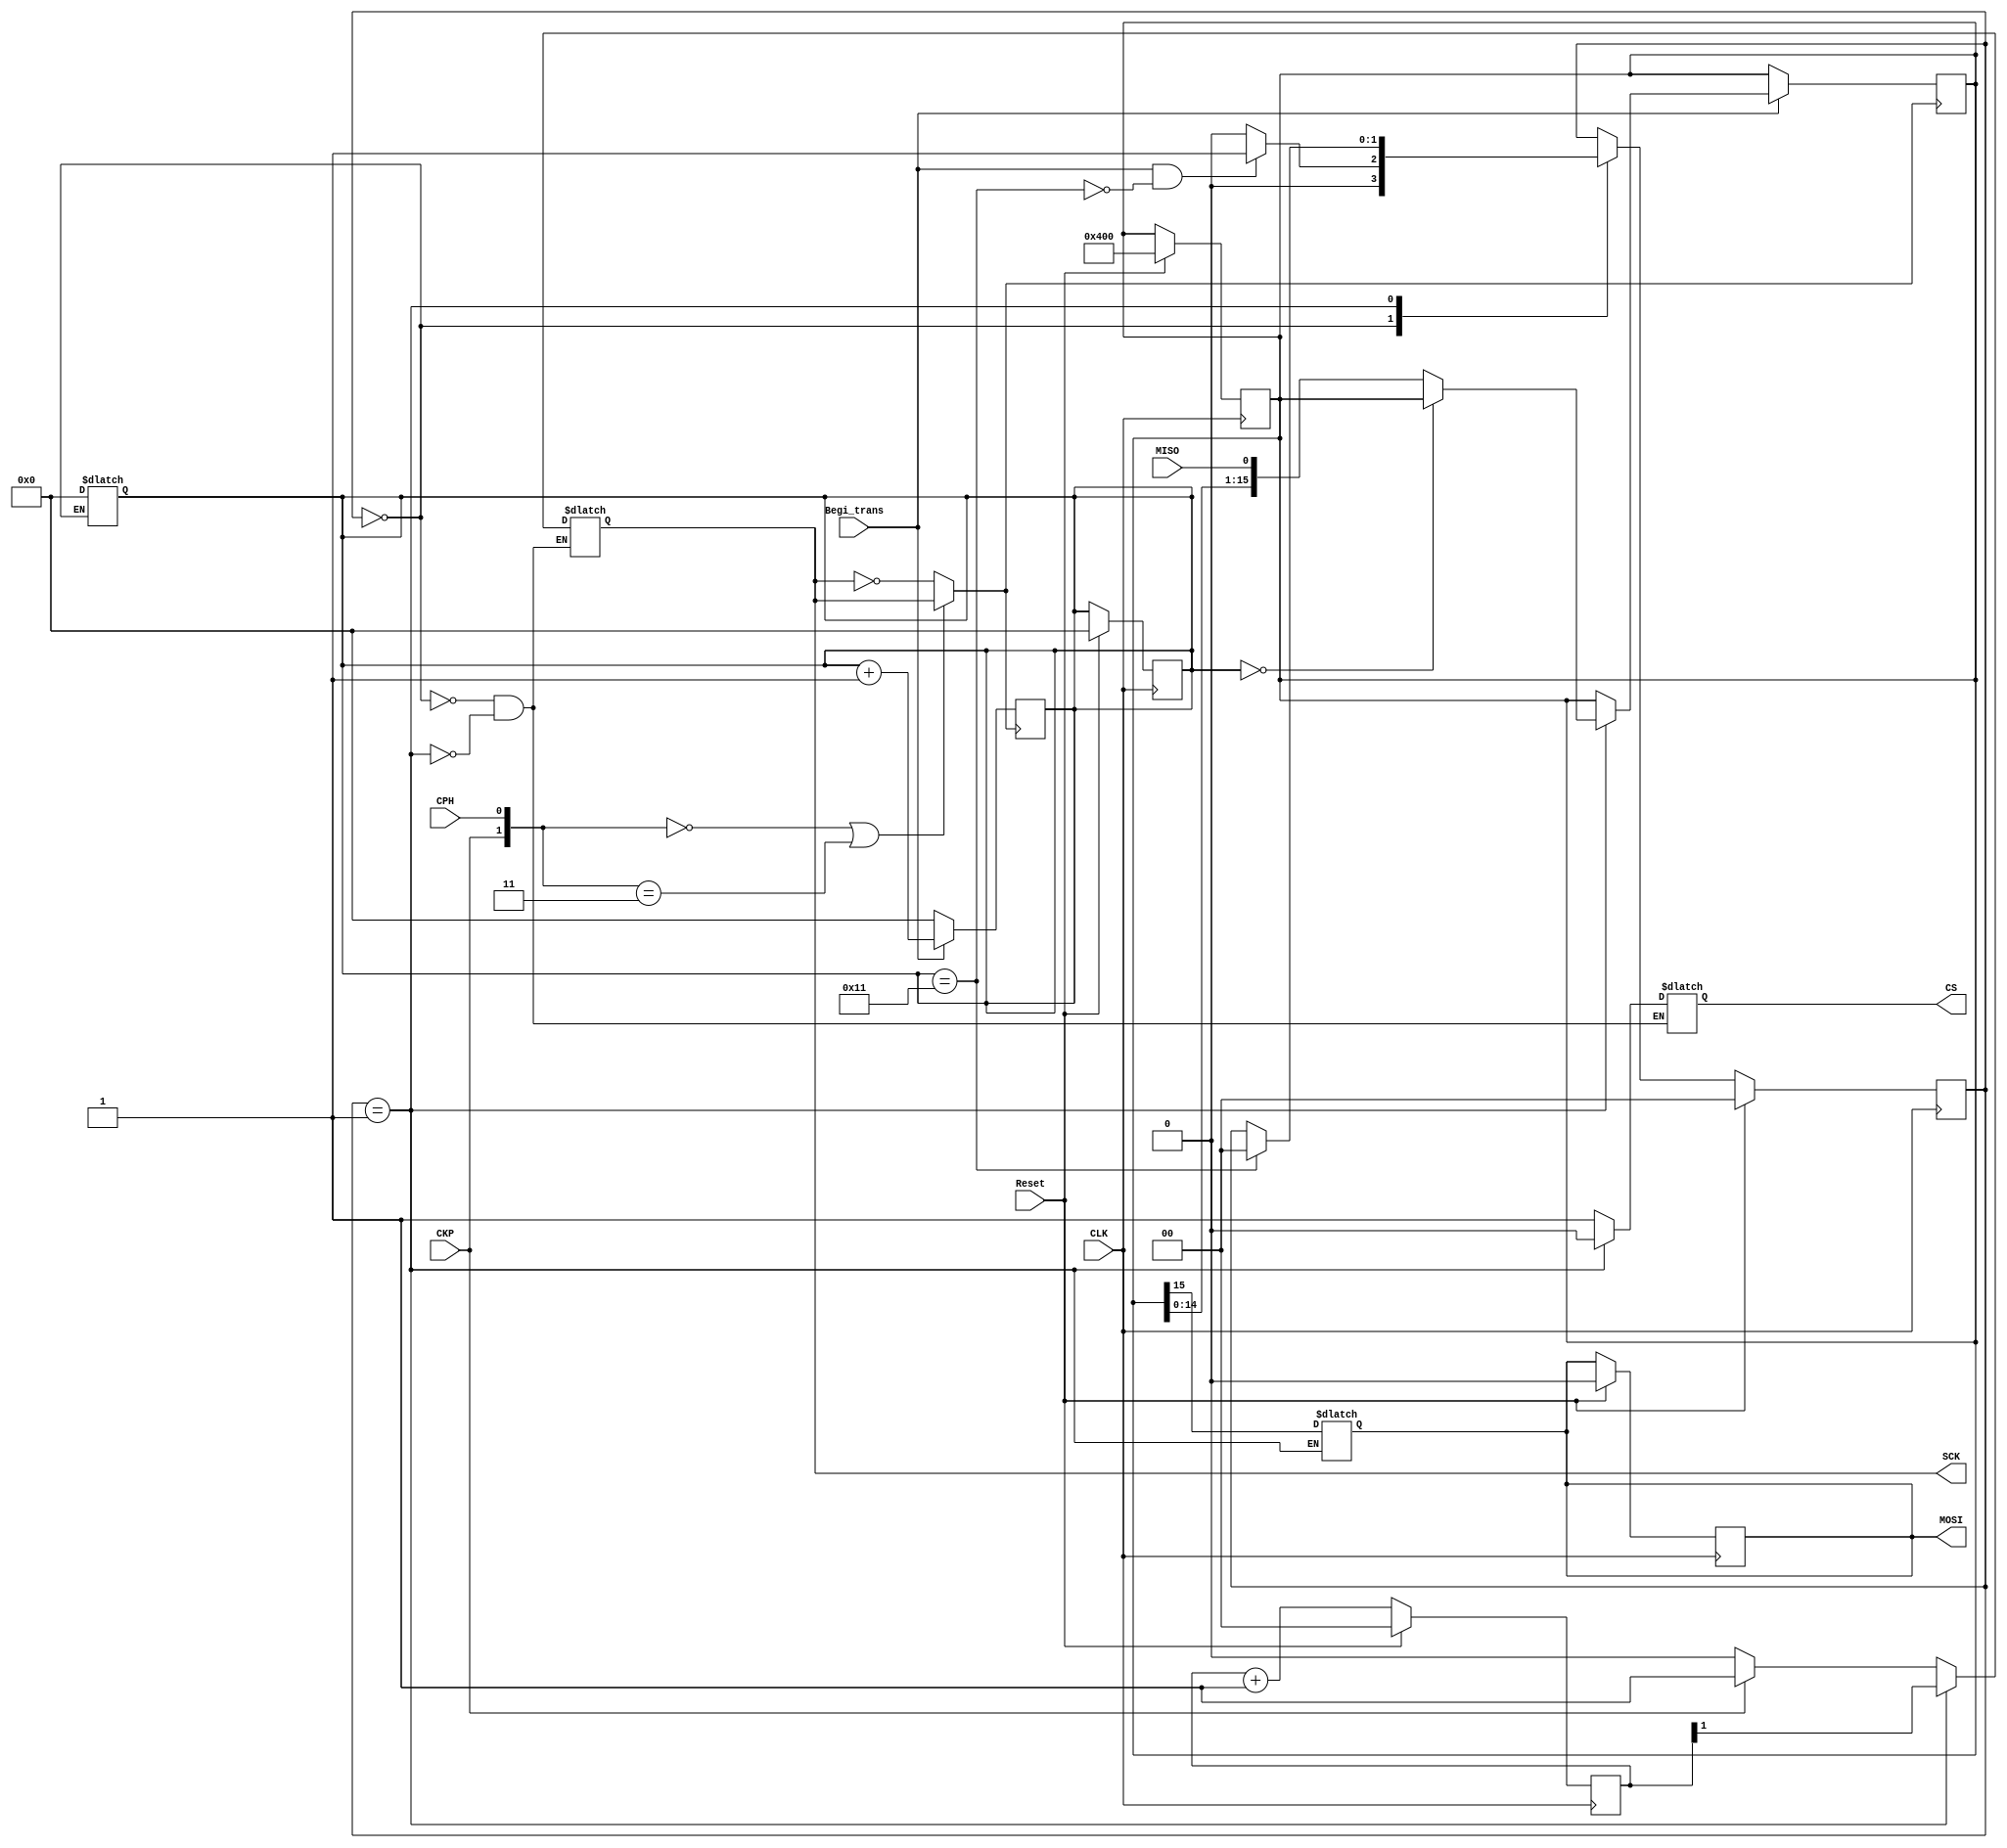
module master_transmisor (
    input wire Begi_trans,
    input wire CKP,
    input wire CPH,
    input wire CLK,
    input wire Reset,
    input wire MISO,
    output reg MOSI,
    output reg SCK,
    output reg CS
);
reg [1:0] E_Actual, E_Siguiente;
reg [15:0] Data_register, Prox_Data_register;
reg [7:0] Data1 = 8'b00000100, Data1_newdata;
reg [7:0] Data2 = 8'b00000000, Data2_newdata;
reg [4:0] Bit_counter;
wire Finish_protcol; // Asegrate de que esto est siendo usado correctamente
assign Finish_protcol = Bit_counter == 5'b10001;
wire SCK_escogido;
wire [1:0] MODO;
assign MODO = {CKP, CPH};
assign SCK_escogido = (MODO == 0 || MODO == 3) ? SCK : ~SCK;


// Generacion de el reloj de 1/4 de frecuencia
reg CLK_div2;
reg [1:0] Count_clock;

parameter Reposo = 2'b00;
parameter Transccion_process = 2'b01;

always @(posedge CLK) begin
    if (Reset == 1) begin // Cambiado 2'b01 a 1'b1
        E_Actual <= Reposo;
        CLK_div2 <= 0;
        Count_clock <= 0;
        Data_register <= {Data1, Data2};
        MOSI <= 0;
        Bit_counter <= 0;
    end else begin
        E_Actual <= E_Siguiente;
        CLK_div2 <= ~CLK_div2;
        Count_clock <= Count_clock + 1;
    end
end

always @(posedge SCK_escogido) begin
    if (Begi_trans == 0) begin
        Bit_counter <= 0; 
    end else begin
        Bit_counter <= Bit_counter + 1;
        Data_register <= Prox_Data_register;
    end
end

always @(*) begin
    //Flip-FLops
    Prox_Data_register = Data_register;
    E_Siguiente = E_Actual;

    case(E_Actual)
        Reposo: begin
            Data1_newdata = Data_register[15:8];
            Data2_newdata = Data_register[7:0];
            Bit_counter = 0; 
            CS = 1;
            if (CKP) begin
                SCK = 1;
            end else begin
                SCK = 0;
            end
            if (Begi_trans && Finish_protcol == 0) begin
                E_Siguiente = Transccion_process;
            end else begin
                E_Siguiente = Reposo;
            end
        end
        Transccion_process: begin 
            CS = 0;  
            SCK = Count_clock[1];
            if (Bit_counter == 0) begin
                    MOSI = Data_register[15];
                end else begin
                    MOSI = Data_register[15];
                    Prox_Data_register = {Data_register, MISO};
                end
            if (Finish_protcol) begin
                E_Siguiente = Reposo;
            end
        end
    endcase
end
endmodule